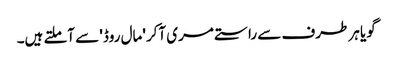
گویا ہر طرف سے راستے مری آکر 'مال روڈ' سے آملتے ہیں۔